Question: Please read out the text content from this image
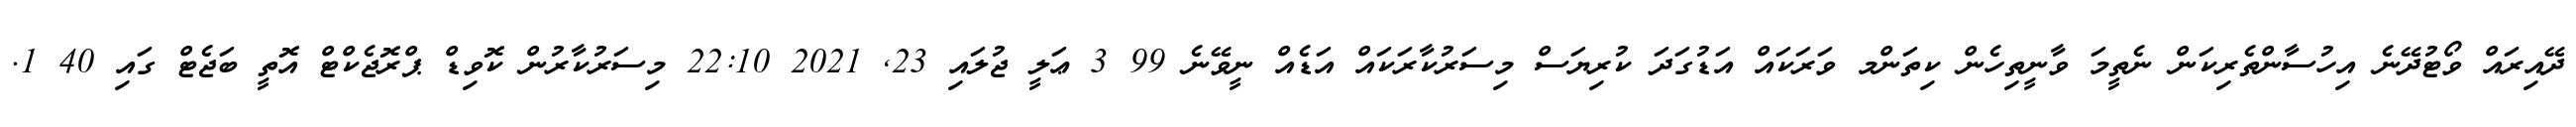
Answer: ދޭއިރައް ވޯޓުދޭނެ އިހުސާންތެރިކަން ނެތީމަ ވާނީތިހެން ކިތަންމ ވަރަކައް އަޑުގަދަ ކުރިޔަސް މިސަރުކާރަކައް އަޑެއް ނީވޭނެ 99 3 ޢަލީ ޖުލައި 23, 2021 22:10 މިސަރުކާރުން ކޮވިޑް ޕްރޮޖެކްޓް އޮތީ ބަޖެޓް ގައި 40 1.